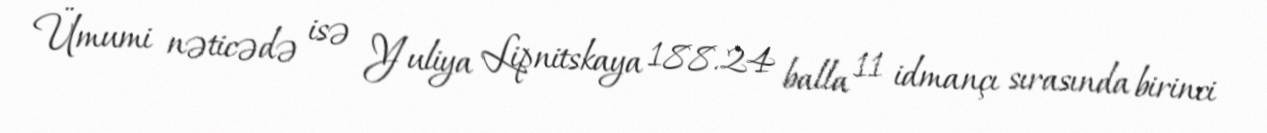
Ümumi nəticədə isə Yuliya Lipnitskaya 188.24 balla 11 idmançı sırasında birinci